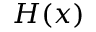
H ( x )